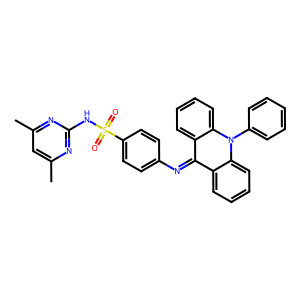
SMILES: Cc1cc(C)nc(NS(=O)(=O)c2ccc(N=c3c4ccccc4n(-c4ccccc4)c4ccccc34)cc2)n1
Inhibits HIV replication: No